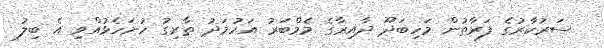
ސަރުކާރުގެ ފަރާތުން މަހިބަދޫ ދާއިރާގެ މެމްބަރު އަހުމަދު ޠާރިގު ހުށަހެޅުއްވި އެ ބިލު